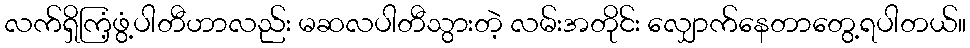
လက်ရှိကြံ့ဖွံ့ပါတီဟာလည်း မဆလပါတီသွားတဲ့ လမ်းအတိုင်း လျှောက်နေတာတွေ့ရပါတယ်။